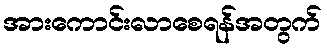
အားကောင်းလာစေရန်အတွက်